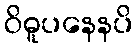
ဝိဓူပနေနပိ